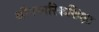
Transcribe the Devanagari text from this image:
औपचारिकशिक्षा